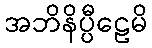
အဘိနိပ္ပီဠေမိ